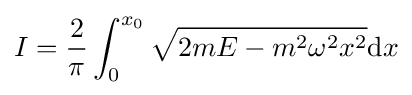
I={\frac {2}{\pi }}\int _{0}^{x_{0}}{\sqrt {2mE-m^{2}\omega ^{2}x^{2}}}\mathrm {d} x